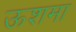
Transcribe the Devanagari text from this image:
ऊशमा